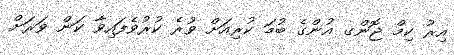
އިރު ކިމް ޖޮންގ އުންގެ ބުމަ ކުރިއަށް ވުރެ ކުރުވެފައިވާ ކަން ވަރަށް